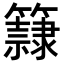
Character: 𥶾